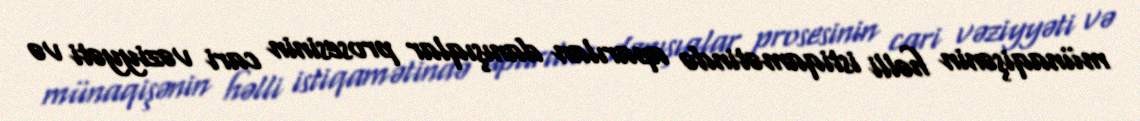
münaqişənin həlli istiqamətində aparılan danışıqlar prosesinin cari vəziyyəti və